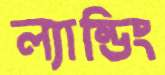
ল্যান্ডিং